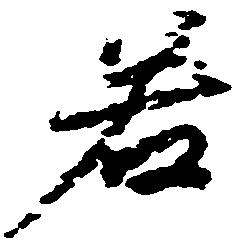
若